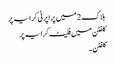
بلاک 2 میں پراپرٹی کرایہ پر
کلفٹن میں فلیٹ کرایہ پر
کلفٹن ۔